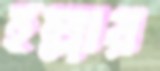
হল্লার